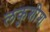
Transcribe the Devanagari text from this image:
लकुशीश